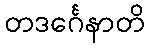
တဒင်္ဂေနာတိ